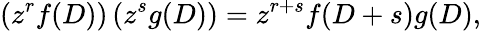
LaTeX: \left(z^{r}f(D)\right)\left(z^{s}g(D)\right)=z^{r+s}f(D+s)g(D),